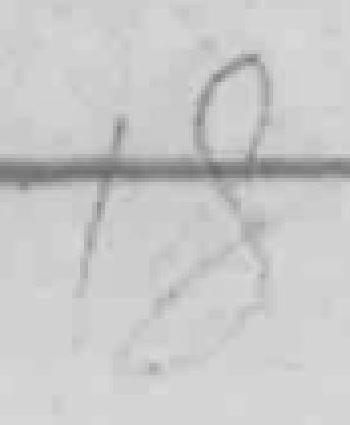
18